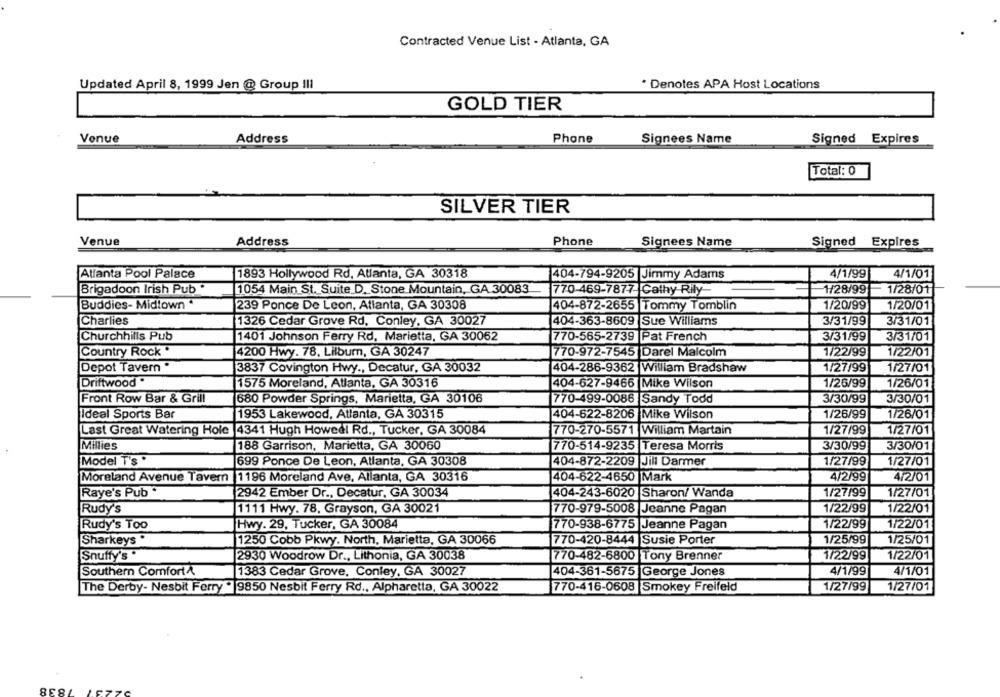
Contracted Venue List - Atlanta, GA
Updated April 8, 1999 Jen @ Group III
* Denotes APA Host Locations
GOLD TIER
Venue
Address
Phone
Signees Name
Signed Expires
Total: 0
SILVER TIER
Venue
Address
Phone
Signees Name
Signed Expires
Atlanta Pool Palace
1893 Hollywood Rd, Atlanta, GA 30318
404-794-9205|Jimmy Adams
4/1/99
4/1/01
Brigadoon Irish Pub *
1054 Main St. Suite D. Stone Mountain, GA 30083
770-469-7877 Cathy Rily-
1/28/99
1/28/01
Buddies- Midtown
239 Ponce De Leon, Atlanta, GA 30308
404-872-2655 Tommy Tomblin
1/20/99
1/20/01
Charlies
404-363-8609
Sue Williams
3/31/99
3/31/01
1326 Cedar Grove Rd, Conley, GA 30027
Churchhills Pub
1401 Johnson Ferry Rd, Marietta, GA 30062
770-565-2739
Pat French
3/31/99
3/31/01
Country Rock "
4200 Hwy. 78, Lilburn, GA 30247
770-972-7545 Darel Malcolm
1/22/99
1/22/01
Depot Tavern "
3837 Covington Hwy ., Decatur, GA 30032
404-286-9362 William Bradshaw
1/27/99
1/27/01
Driftwood.
404-627-9466 Mike Wilson
1/26/99
1/26/01
1575 Moreland, Atlanta, GA 30316
Front Row Bar & Grill
680 Powder Springs, Marietta, GA 30106
770-499-0086 Sandy Todd
3/30/99
3/30/01
Ideal Sports Bar
1953 Lakewood, Atlanta, GA 30315
404-622-8206 Mike Wilson
1/26/99
1/26/01
Last Great Watering Hole
4341 Hugh Howedl Rd ., Tucker, GA 30084
770-270-5571 William Martain
1/27/99
1/27/01
Millies
770-514-9235 |Teresa Morris
3/30/01
188 Garrison, Marietta, GA 30060
3/30/99
Model T's .
699 Ponce De Leon, Atlanta, GA 30308
404-872-2209 Jill Darmer
1/27/99
1/27/01
Moreland Avenue Tavern 1196 Moreland Ave, Atlanta, GA 30316
404-622-4650 Mark
4/2/99
4/2/01
Raye's Pub *
2942 Ember Dr ., Decatur, GA 30034
404-243-6020 Sharon/ Wanda
1/27/99
1/27/01
1/22/99
1/22/01
Rudy's
1111 Hwy. 78, Grayson, GA 30021
770-979-5008 Jeanne Pagan
Rudy's Too
Hwy. 29, Tucker, GA 30084
770-938-6775 Jeanne Pagan
1/22/99
1/22/01
Sharkeys "
1250 Cobb Pkwy. North, Marietta, GA 30066
770-420-8444 Susie Porter
1/25/99
1/25/01
Snuffy's "
2930 Woodrow Dr ., Lithonia, GA 30038
770-482-6800 Tony Brenner
1/22/99
1/22/01
Southern Comfort A
404-361-5675 George Jones
4/1/99
4/1/01
1383 Cedar Grove, Conley, GA 30027
The Derby- Nesbit Ferry . 9850 Nesbit Ferry Rd ., Alpharetta, GA 30022
770-416-0608 Smokey Freifeld
1/27/99
1/27/01
8.38